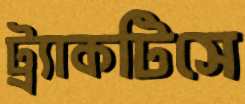
ট্র্যাকটিসে